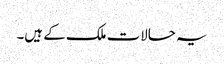
یہ حالات ملک کے ہیں۔